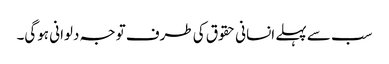
سب سے پہلے انسانی حقوق کی طرف توجہ دلوانی ہوگی۔